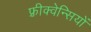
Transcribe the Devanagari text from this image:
फ़्रीक्वेन्सियों